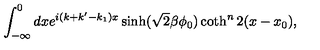
\int _ { - \infty } ^ { 0 } d x e ^ { i ( k + k ^ { \prime } - k _ { 1 } ) x } \sinh ( \sqrt { 2 } \beta \phi _ { 0 } ) \coth ^ { n } 2 ( x - x _ { 0 } ) ,